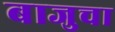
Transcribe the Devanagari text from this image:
बाजुचा